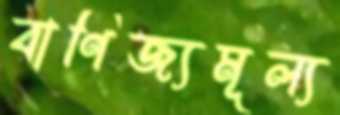
বাণিজ্যমূল্য